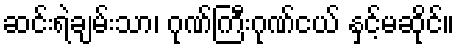
ဆင်းရဲချမ်းသာ၊ ဂုဏ်ကြီးဂုဏ်ငယ် နှင့်မဆိုင်။